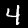
Label: 4